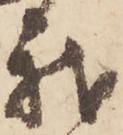
我